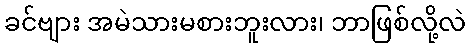
ခင်ဗျား အမဲသားမစားဘူးလား၊ ဘာဖြစ်လို့လဲ